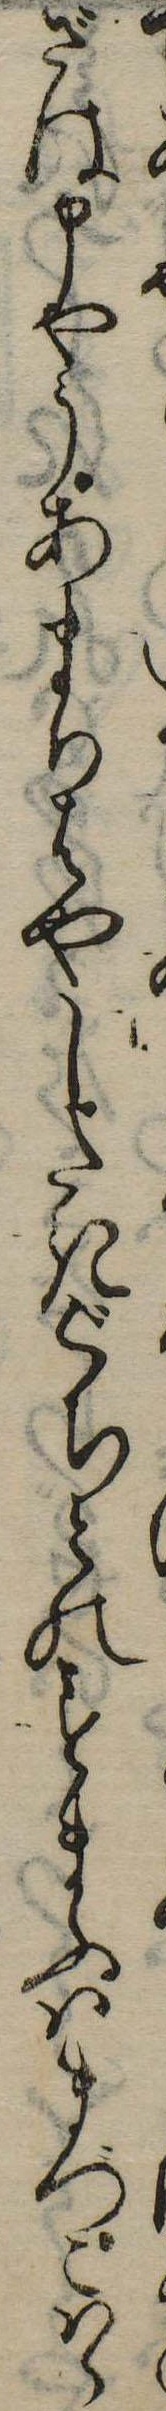
ざは申やうあまりはやしたきぐちとのすまふはまづこはら